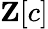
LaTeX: \mathbf{Z}[c]